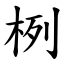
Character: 栵